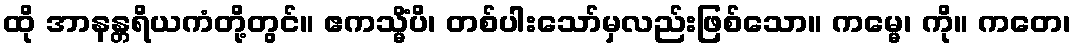
ထို အာနန္တရိယကံတို့တွင်။ ဧကသ္မိံပိ၊ တစ်ပါးသော်မှလည်းဖြစ်သော။ ကမ္မေ၊ ကို။ ကတေ၊